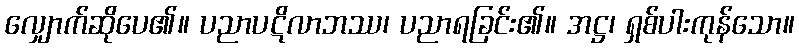
လျှောက်ဆိုပေ၏။ ပညာပဋိလာဘဿ၊ ပညာရခြင်း၏။ အဋ္ဌ၊ ရှစ်ပါးကုန်သော။